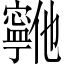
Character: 𫴞